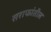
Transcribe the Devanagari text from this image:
सराफांतील